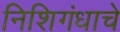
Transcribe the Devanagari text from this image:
निशिगंधाचे